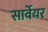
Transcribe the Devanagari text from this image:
सार्वेयर